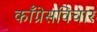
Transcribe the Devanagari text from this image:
काँग्रेसविचार